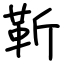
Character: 靳